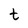
Character: t